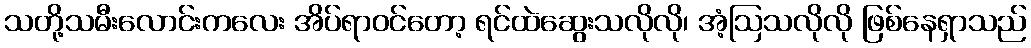
သတို့သမီးလောင်းကလေး အိပ်ရာဝင်တော့ ရင်ထဲဆွေးသလိုလို၊ အံ့ဩသလိုလို ဖြစ်နေရှာသည်